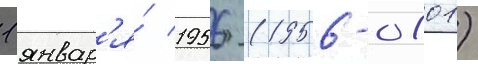
1 январ'я́ 1956 (1956-01-01)